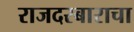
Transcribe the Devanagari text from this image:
राजदरबाराचा